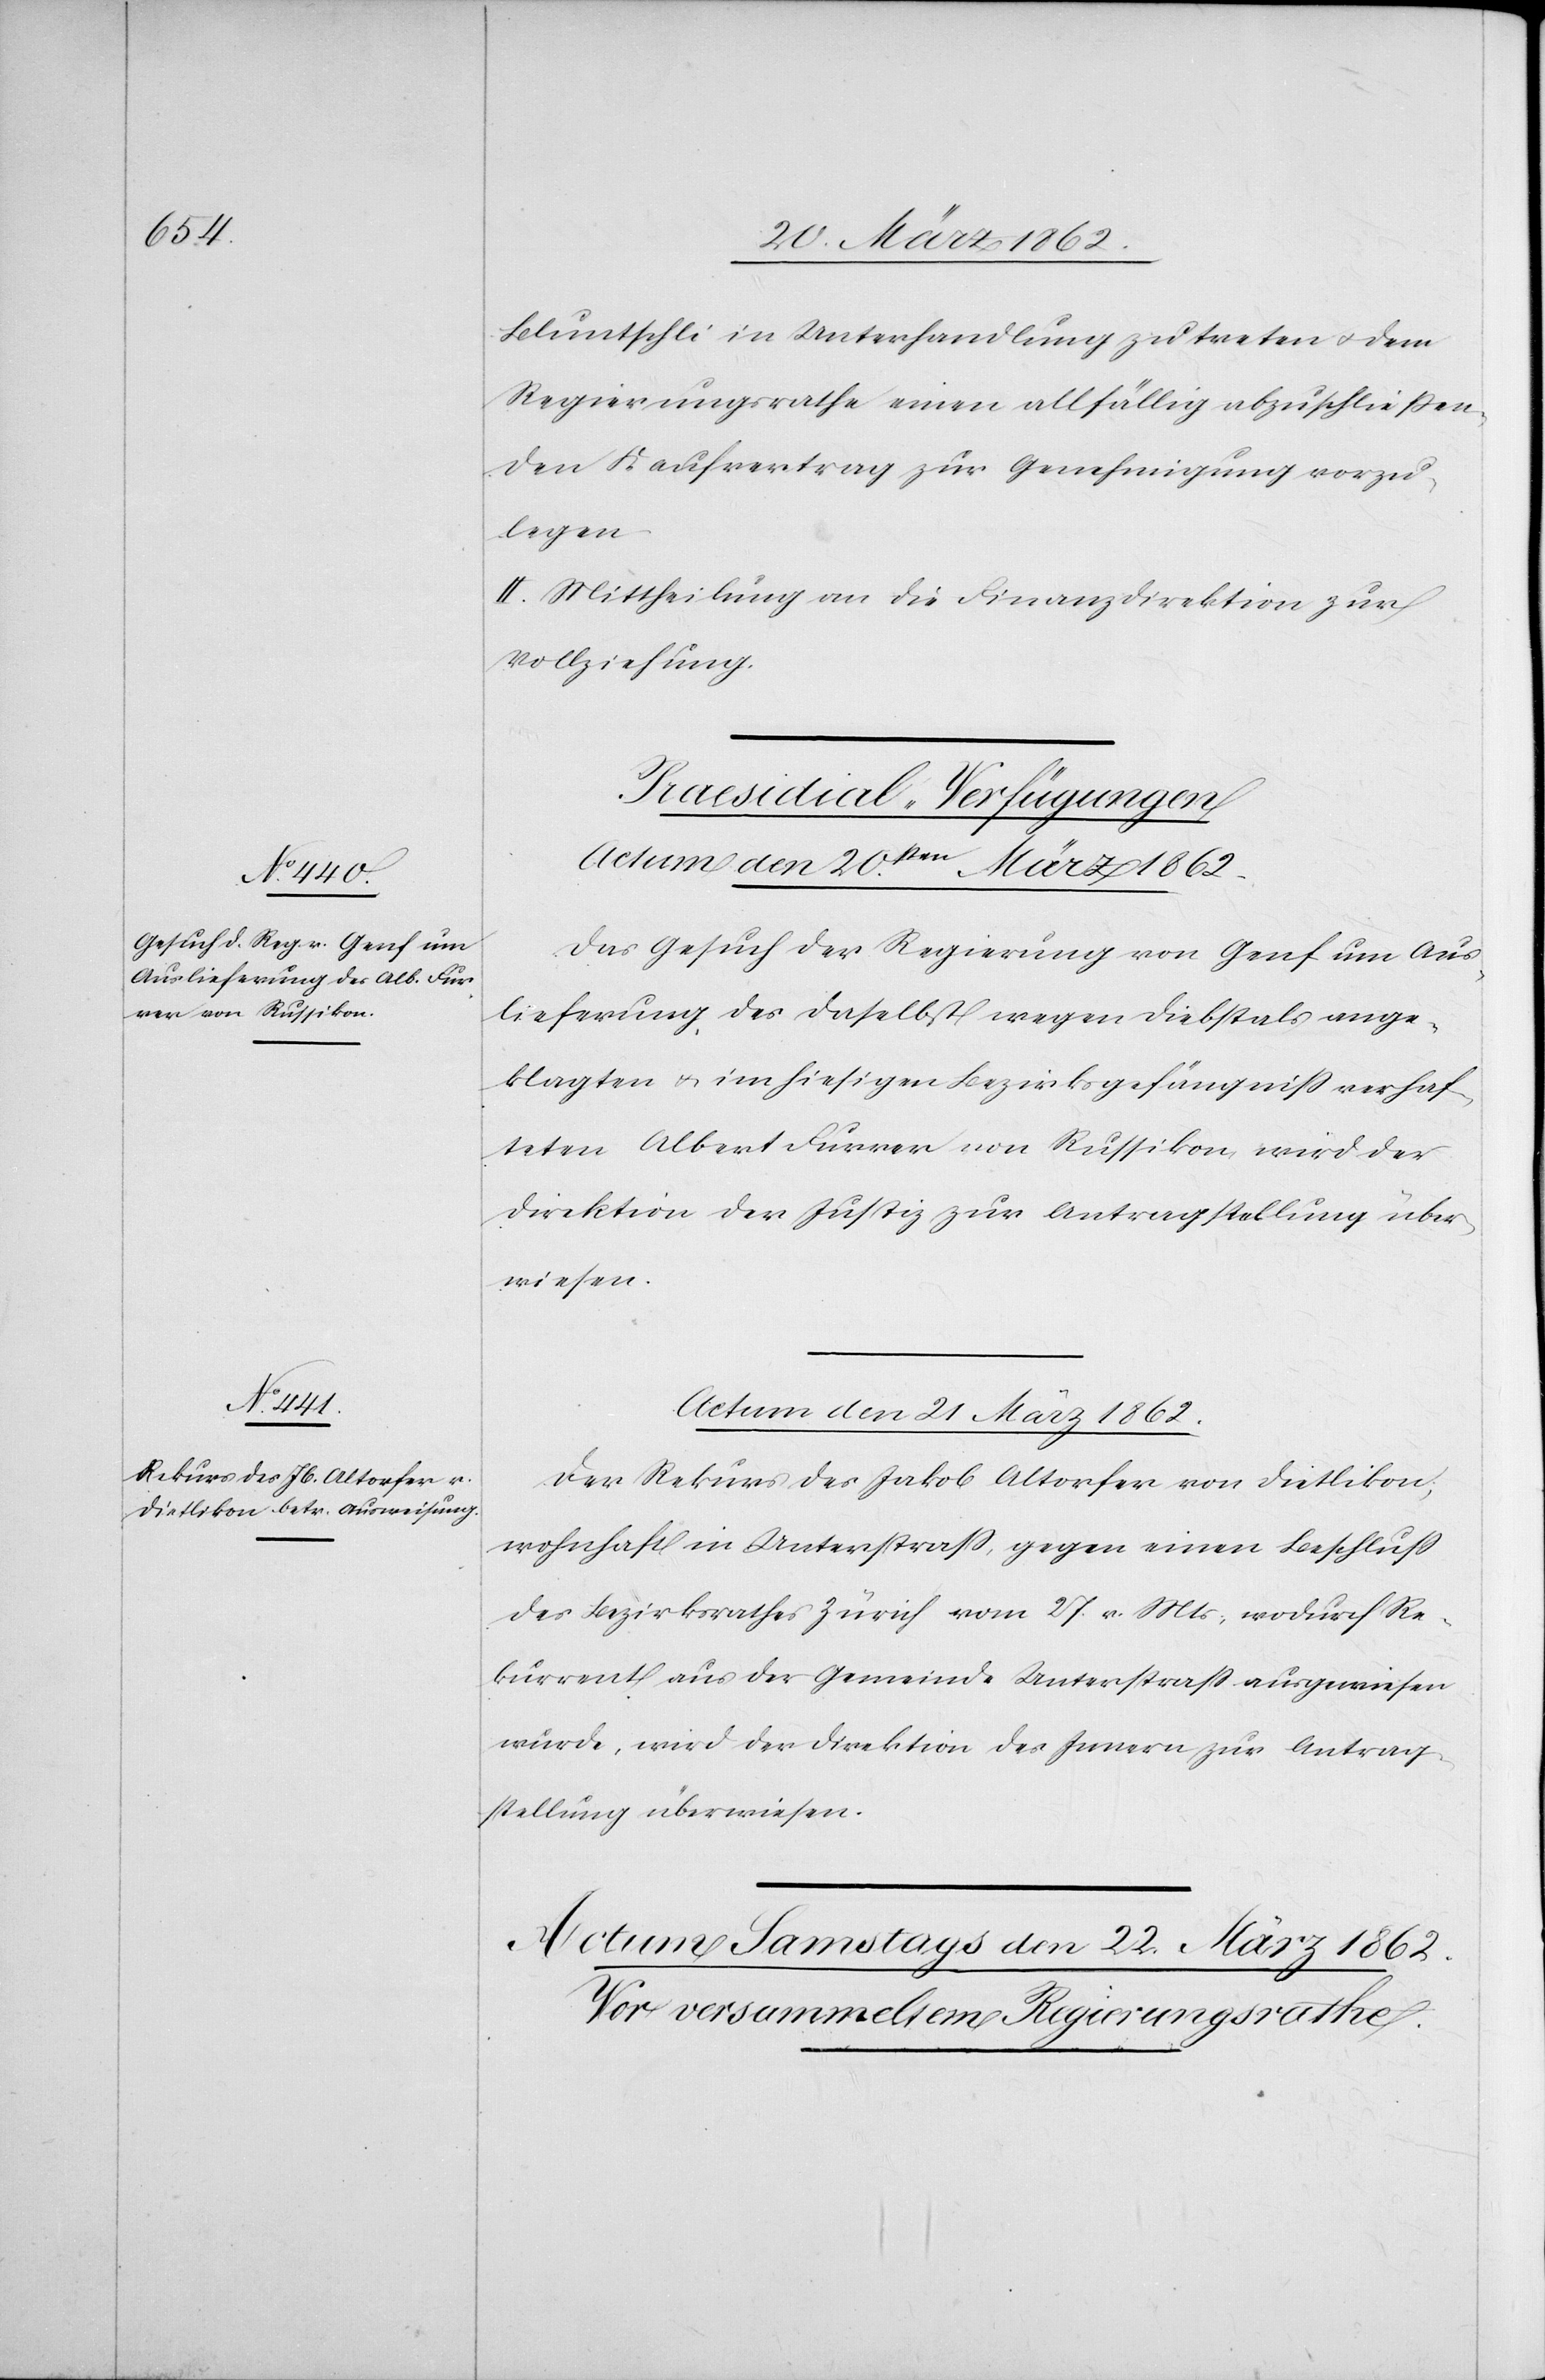
Bluntschli in Unterhandlung zu treten u. dem
Regierungsrathe einen allfällig abzuschließen¬
den Kaufvertrag zur Genehmigung vorzu¬
legen.
II. Mittheilung an die Finanzdirektion zur
Vollziehung.
[Praesidial-Verfügungen]
Actum den 20sten. März 1862.
Das Gesuch der Regierung von Genf um Aus¬
lieferung des daselbst wegen Diebstals ange¬
klagten u. im hiesigen Bezirksgefängniß verhaf¬
teten Albert Furrer von Russikon, wird der
Direktion der Justiz zur Antragstellung über¬
wiesen.
Actum den 21 März 1862.
Der Rekurs des Jakob Altorfer von Dietlikon,
wohnhaft in Unterstraß, gegen einen Beschluß
des Bezirksrathes Zürich vom 27. v. Mts., wodurch Re¬
kurrent aus der Gemeinde Unterstraß ausgewiesen
wurde, wird der Direktion des Innern zur Antrag¬
stellung überwiesen.